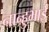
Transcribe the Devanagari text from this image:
नान्हुभाई